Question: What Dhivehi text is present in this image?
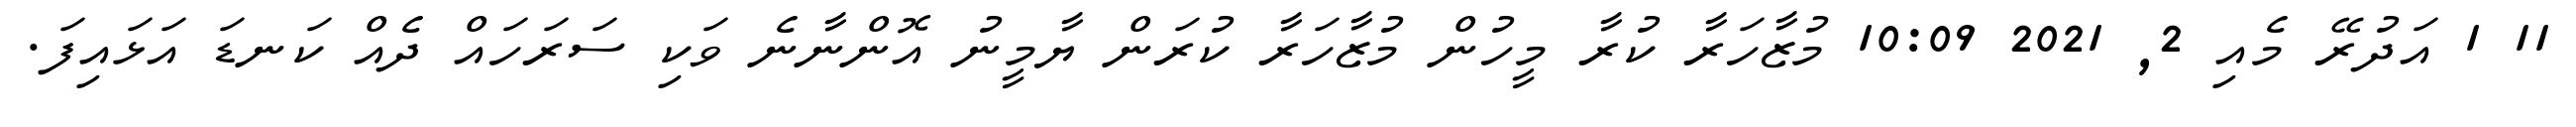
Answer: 11 1 އަދުރޭ މެއި 2, 2021 10:09 މުޒާހަރާ ކުރާ މީހުން މުޒާހަރާ ކުރަން ޔާމީނު އޮންނާނެ ވަކި ސަރަހައް ދެއް ކަނޑަ އަޅައިފަ.